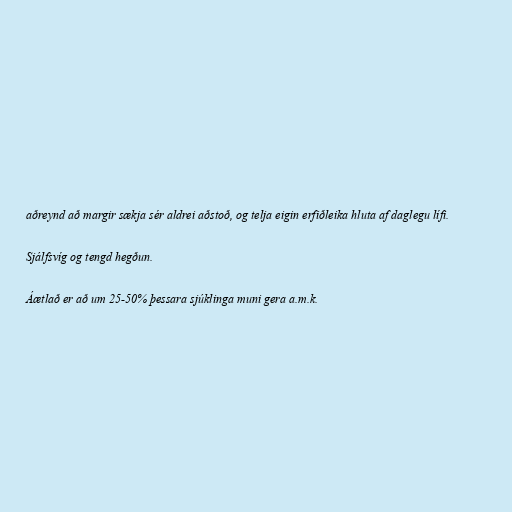
aðreynd að margir sækja sér aldrei aðstoð, og telja eigin erfiðleika hluta af daglegu lífi.

Sjálfsvíg og tengd hegðun.

Áætlað er að um 25-50% þessara sjúklinga muni gera a.m.k.